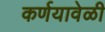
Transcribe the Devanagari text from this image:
कर्णयावेळी